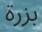
بزرة